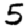
Digit: 5